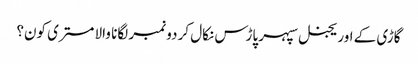
گاڑی کے اوریجنل سپہر پاڑس نکال کر دو نمبر لگانا والا مستری کون؟